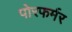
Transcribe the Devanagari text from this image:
पोरफर्मर